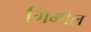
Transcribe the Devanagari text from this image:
गिम्पेल